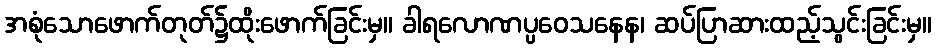
အစုံသောဖောက်တုတ်၌ထိုးဖောက်ခြင်းမှ။ ခါရလောဏပ္ပဝေသနေန၊ ဆပ်ပြာဆားထည့်သွင်းခြင်းမှ။